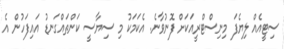
ސިޓީއެއް ލިޔެފަ މިނިސްޓްރީއަކަށް ފޮނުވާނެ. އެކަމަކު މި ސިޔާސީ ކަންތައްގަނޑު އައިފަހުން އެ